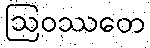
ဩဝဿတေ